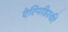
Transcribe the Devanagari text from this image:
ऐस्पिडिस्की